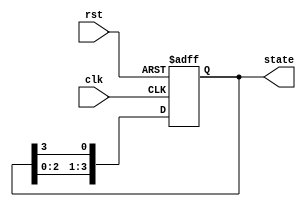
module ring_counter (
    input wire clk,        // Clock input
    input wire rst,        // Asynchronous reset input
    output reg [3:0] state // 4-bit state output
);

// State transition logic
always @(posedge clk or posedge rst) begin
    if (rst) begin
        // On reset, set the state to 0001 (only the first flip-flop is '1')
        state <= 4'b0001;
    end else begin
        // Shift the '1' through the flip-flops
        state <= {state[2:0], state[3]};
    end
end

endmodule